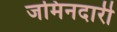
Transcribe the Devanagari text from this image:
जमिनदारी